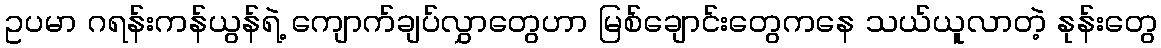
ဥပမာ ဂရန်းကန်ယွန်ရဲ့ ကျောက်ချပ်လွှာတွေဟာ မြစ်ချောင်းတွေကနေ သယ်ယူလာတဲ့ နုန်းတွေ